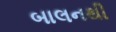
બાલનથી